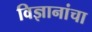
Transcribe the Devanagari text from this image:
विज्ञानांचा